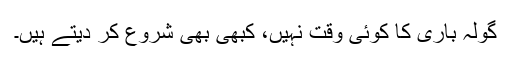
گولہ باری کا کوئی وقت نہیں، کبھی بھی شروع کر دیتے ہیں۔